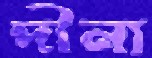
দীনা